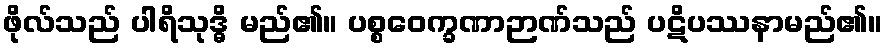
ဖိုလ်သည် ပါရိသုဒ္ဓိ မည်၏။ ပစ္စဝေက္ခဏာဉာဏ်သည် ပဋိပဿနာမည်၏။